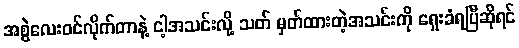
အစွဲလေးဝင်လိုက်တာနဲ့ ငါ့အသင်းလို့ သတ် မှတ်ထားတဲ့အသင်းကို ရှေးခံရပြီဆိုရင်